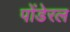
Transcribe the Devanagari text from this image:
पोंडेरल